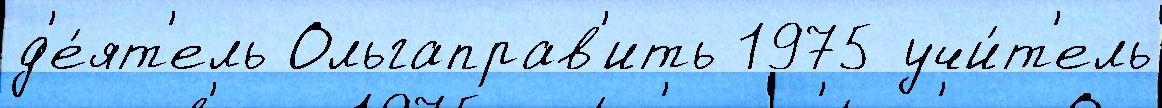
д'е́ят'ель Ольгаправ'ить 1975 учи́т'ель